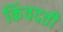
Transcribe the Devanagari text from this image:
किंवदती